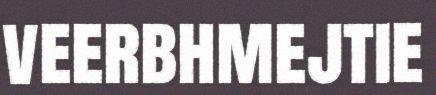
veerbhmejtie